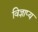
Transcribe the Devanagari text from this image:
विज्ञाप्य